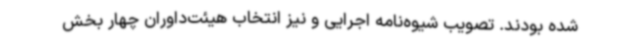
شده بودند. تصویب شیوه‌نامه اجرایی و نیز انتخاب هیئت‌داوران چهار بخش